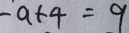
- a + 4 = 9